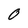
Character: O